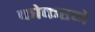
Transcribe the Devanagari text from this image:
कोकरने